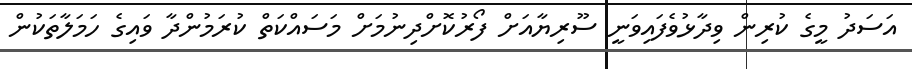
އަސަދު މީގެ ކުރިން ވިދާޅުވެފައިވަނީ ސޫރިޔާއަށް ފޯރުކޮށްދިނުމަށް މަސައްކަތް ކުރަމުންދާ ވައިގެ ހަމަލާތަކުން